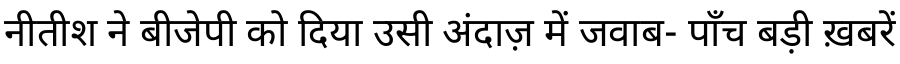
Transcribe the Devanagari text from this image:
नीतीश ने बीजेपी को दिया उसी अंदाज़ में जवाब- पाँच बड़ी ख़बरें